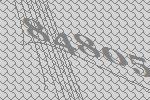
84805